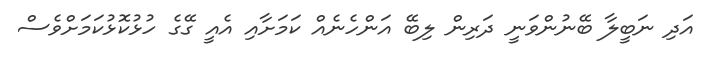
އަދި ނަބީލާ ބޭނުންވަނީ ދަރިން ލިބޭ އަންހެނެއް ކަމަށާއި އެއީ ގޭގެ ހުޅުކޮޅުކަމަށްވެސް